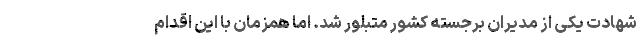
شهادت یکی از مدیران برجسته کشور متبلور شد. اما همزمان با این اقدام